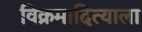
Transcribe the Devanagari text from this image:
विक्रमादित्याला